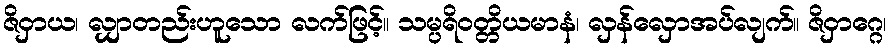
ဇိဝှာယ၊ လျှာတည်းဟူသော လက်ဖြင့်။ သမ္ပရိဝတ္တိယမာနံ၊ လှန်လှောအပ်လျက်။ ဇိဝှာဂ္ဂေ၊